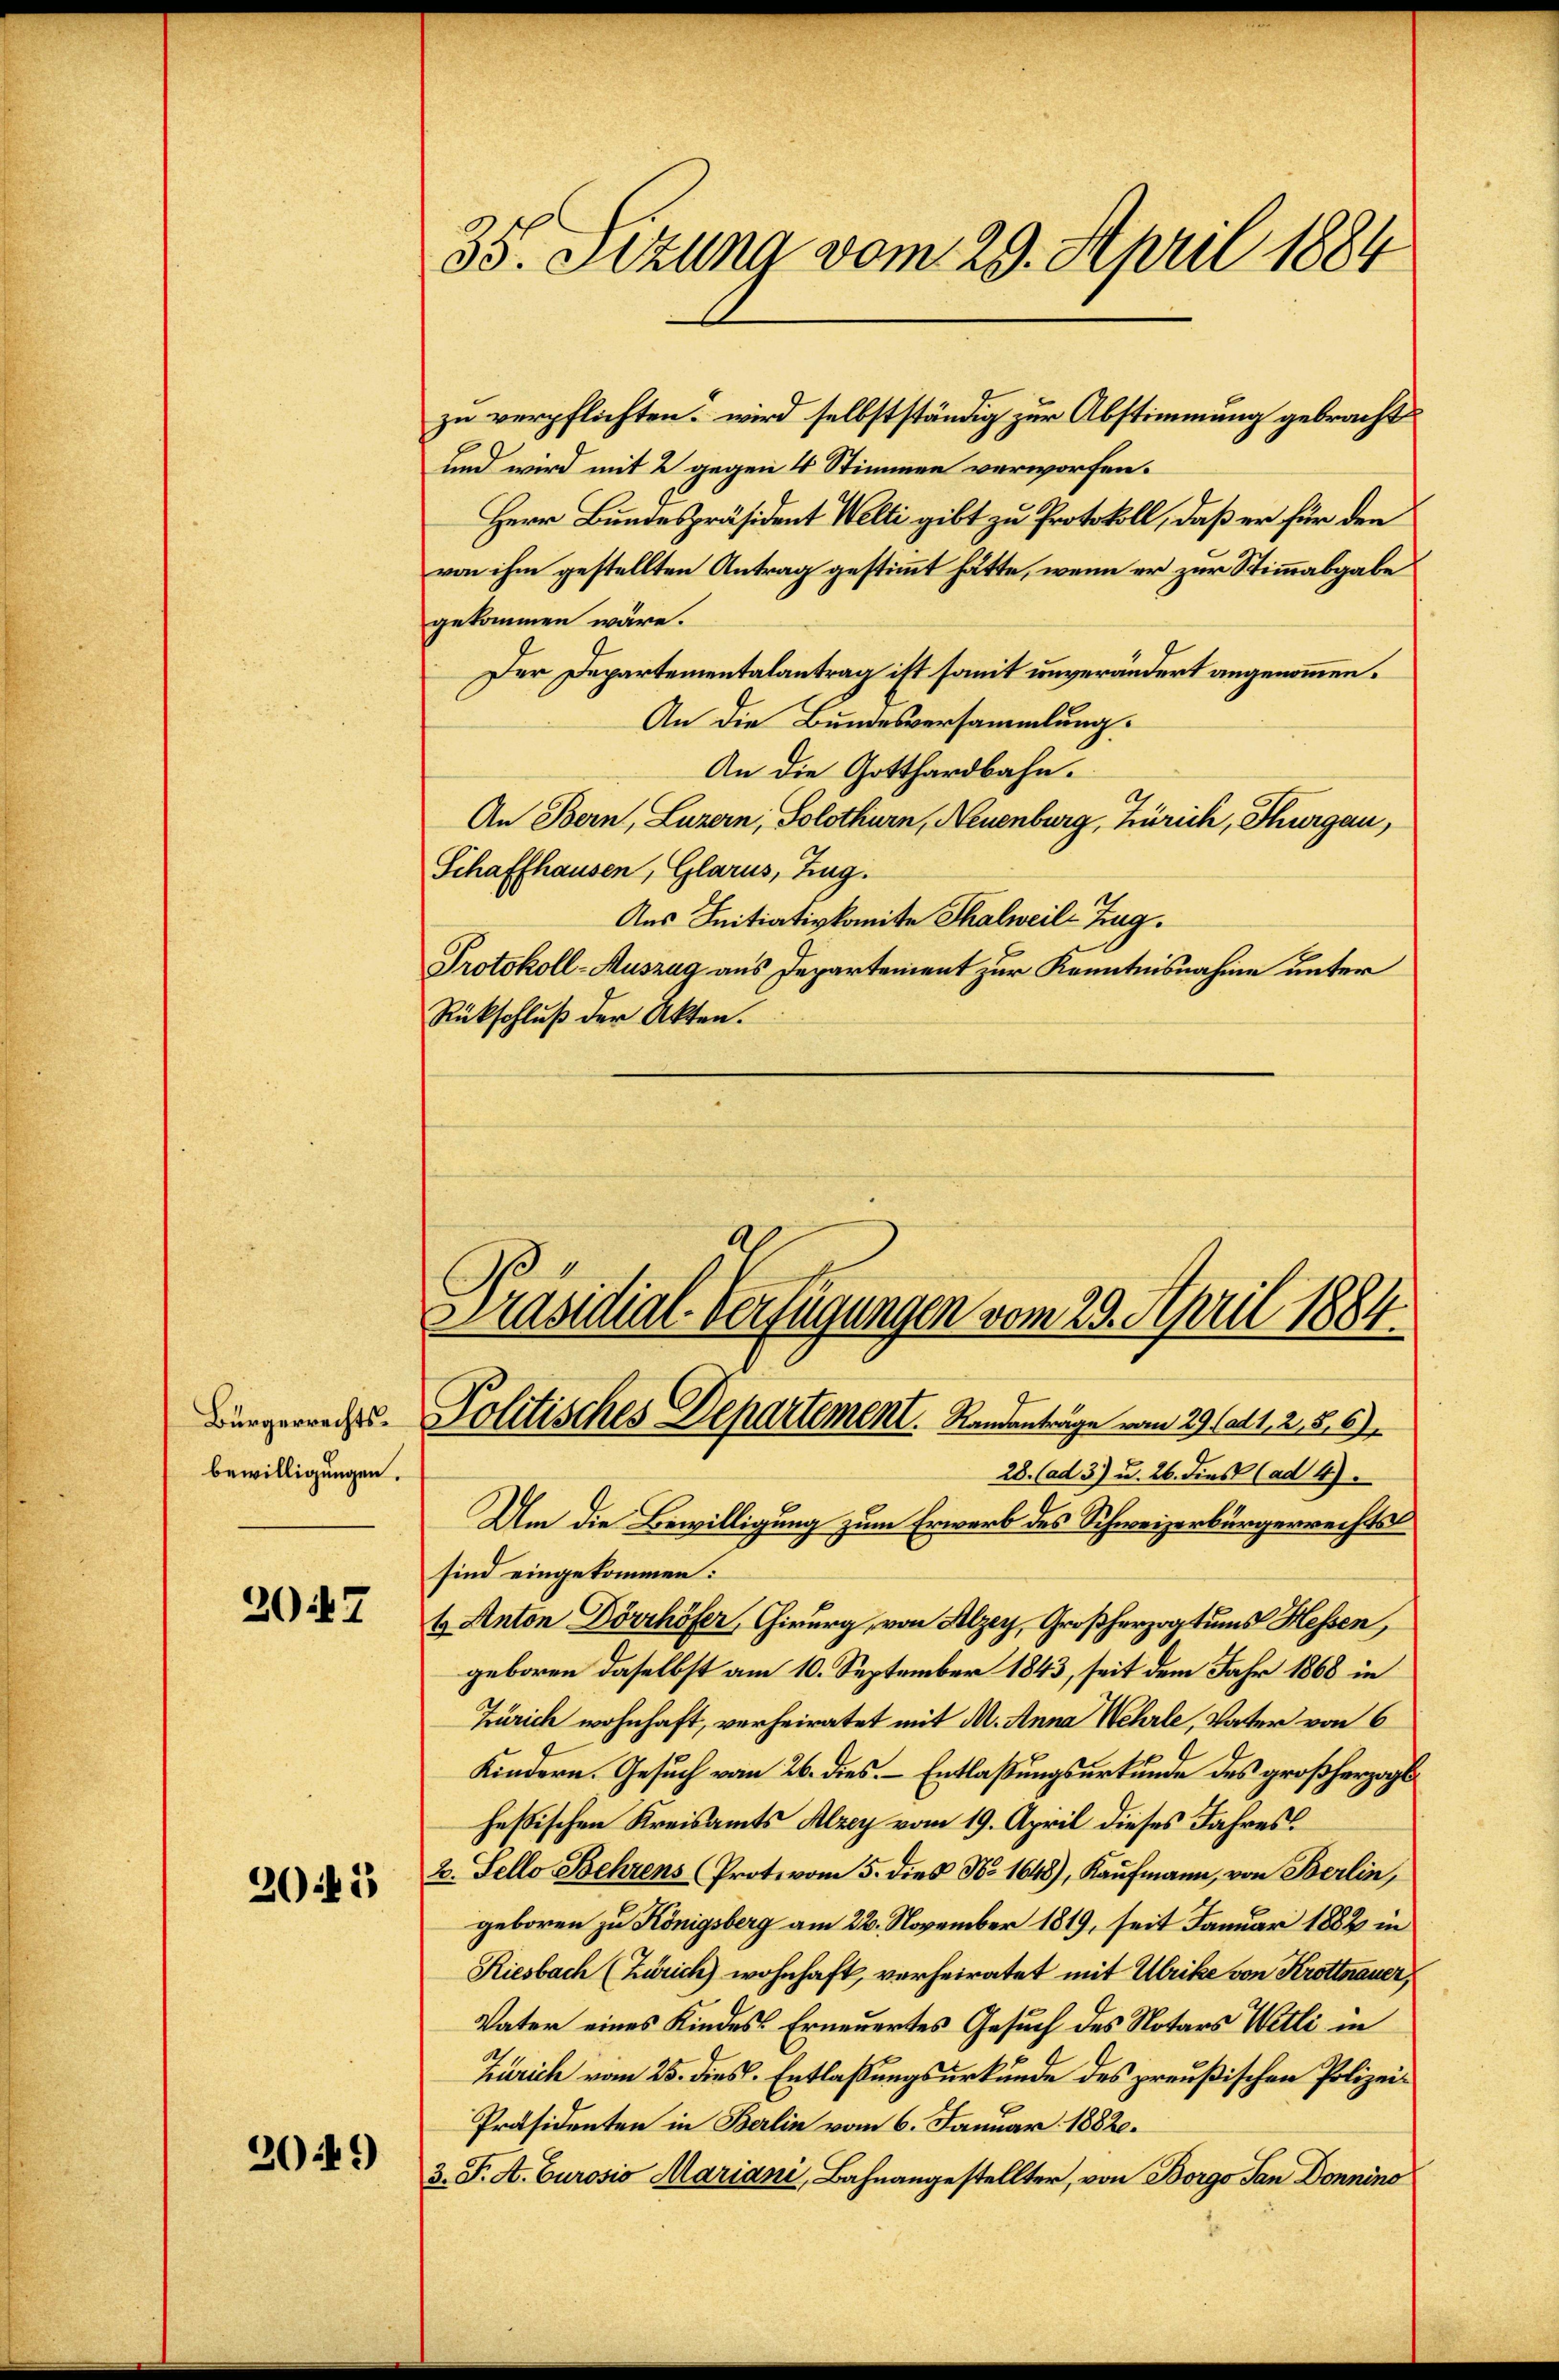
Bürgerrechts-
bewilligungen.

2047

2045

2049

35. Sitzung vom 29. April 1884

zu verpflichten, wird selbstständig zur Abstimmung gebracht
und wird mit 2 gegen 4 Stimmen verworfen.
Herr Bundespräsident Welti gibt zu Protokoll, daß er für den
von ihm gestellten Antrag gestimmt hätte, wenn er zur Stimmabgabe
gekommen wäre.
Der Departementalantrag ist somit unverändert angenommen.
An die Bundesversammlung.
An die Gotthardbahn.
An Bern, Luzern, Solothurn, Neuenburg, Zürich, Thurgau,
Schaffhausen, Glarus, Zug.
Aus Initiativkomite Thalweil-Zug.
Protokoll-Auszug aus Departement zur Kenntnisnahme unter
Rückschluß der Akten.
Präsidial-Verfügungen vom 29. April 1884.

Politisches Departement. Randanträge vom 29. ad 1. 2. 56
28. (ad 3) u. 26. dies (ad 4).

Um die Bewilligung zum Erwerb des Schweizerbürgerrechtssind eingekommen:
t Anton Dörrhöfer, Chirurg, von Alzey, Großherzogtums Hessen,
geboren daselbst am 10. September 1843, seit dem Jahr 1868 in
Zürich wohnhaft, verheiratet mit M. Anna Wehrle, Vater von 6
Kindern. Gesuch vom 26. dies. – Entlaßungsurkunde des großherzogl
heßischen Kreisamts Alzey vom 19. April dieses Jahres¬
2. Fello. Behrens (Protovom 5. dies No 1648), Kaufmann, von Berlin,
geboren zu Königsberg am 22. November 1819, seit Januar 1882 in
Riesbach (Zürich) wohnhaft, verheiratet mit Ubrike von Krottnauer,
Vater eines Kindes Erneuertes Gesuch des Notars Wetti in
Zürich vom 25. dies. Entlaßungsurkunde des preußischen Polizei¬
Präsidenten in Berlin vom 6. Januar 18820.
3. F. A. Curosio Mariani, Bahnangestellter, von Borgo San Donnino